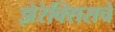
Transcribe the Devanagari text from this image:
झेरेक्सिसचे